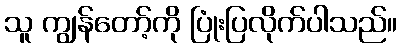
သူ ကျွန်တော့်ကို ပြုံးပြလိုက်ပါသည်။